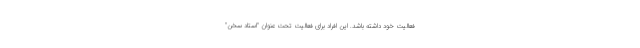
فعالیت خود داشته باشد. این افراد برای فعالیت تحت عنوان "استاد سخن"